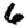
Digit: 6